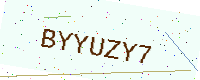
Text: BYYUZY7